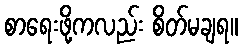
စာရေးဖို့ကလည်း စိတ်မချရ။